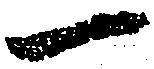
一